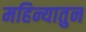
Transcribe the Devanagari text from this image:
महिन्यातुन